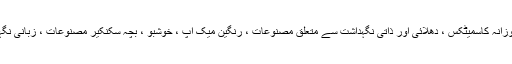
روزانہ کاسمیٹکس: روزانہ کاسمیٹکس ، دھلائی اور ذاتی نگہداشت سے متعلق مصنوعات ، رنگین میک اپ ، خوشبو ، بچہ سکنکیر مصنوعات ، زبانی نگہداشت کی مصنوعات۔